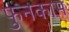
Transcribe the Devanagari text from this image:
फुनकाम